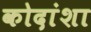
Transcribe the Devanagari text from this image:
कोदांशा